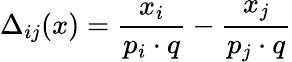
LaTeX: \Delta_{ij}(x)={\frac{x_{i}}{p_{i}\cdot q}}-{\frac{x_{j}}{p_{j}\cdot q}}